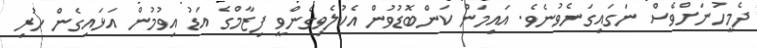
ދެމީހުނަށްވެސް ނަގައިގަނެވުނެވެ. އައިމަން ކަންބޮޑުވުން އެކުލެވިގެންވީ ފިޒާމްގެ އަޑު އިވުމުން އަޅައިގެން ހުރި